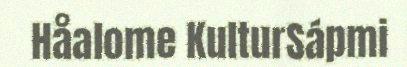
Håalome KulturSápmi